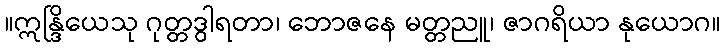
။ဣန္ဒြိယေသု ဂုတ္တဒွါရတာ၊ ဘောဇနေ မတ္တညူ၊ ဇာဂရိယာ နုယောဂ။